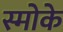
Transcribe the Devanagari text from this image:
स्मोके